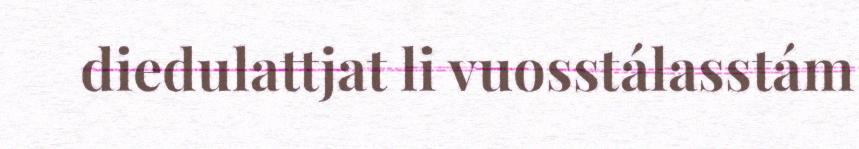
diedulattjat li vuosstálasstám